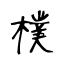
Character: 樸